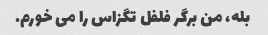
بله، من برگر فلفل تگزاس را می خورم.